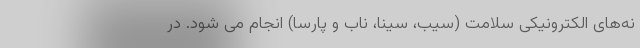
نه‌های الکترونیکی سلامت (سیب، سینا، ناب و پارسا) انجام می شود. در